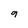
Character: 9